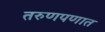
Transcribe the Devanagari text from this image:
तरुणपणात